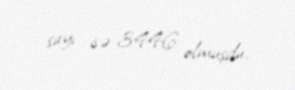
sayı isə 3446 olmuşdu.